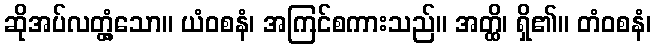
ဆိုအပ်လတ္တံ့သော။ ယံဝစနံ၊ အကြင်စကားသည်။ အတ္ထိ၊ ရှိ၏။ တံဝစနံ၊